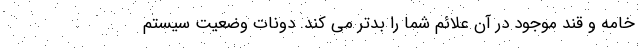
خامه و قند موجود در آن علائم شما را بدتر می کند. دونات وضعیت سیستم